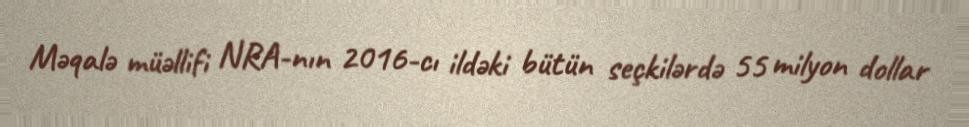
Məqalə müəllifi NRA-nın 2016-cı ildəki bütün seçkilərdə 55 milyon dollar